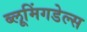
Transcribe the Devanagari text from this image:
ब्लूमिंगडेल्स